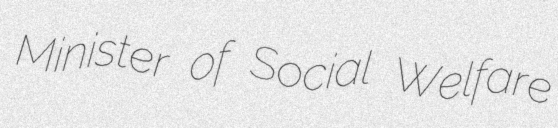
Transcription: Minister of Social Welfare